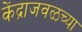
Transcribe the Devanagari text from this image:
केंद्राजवळच्या